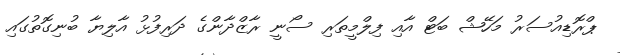
ޕްރޮޑިއުސަރު މަހޭޝް ބަޓް އާއި ފިލްމީތަރި ސޯނީ ރާޒްދާންގެ ދަރިފުޅު އާލިޔާ ބުނިގޮތުގައި